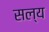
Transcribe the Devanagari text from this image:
सल्य